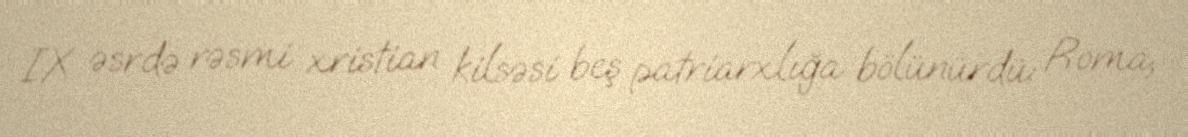
IX əsrdə rəsmi xristian kilsəsi beş patriarxlığa bölünürdü: Roma,